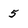
Character: 5